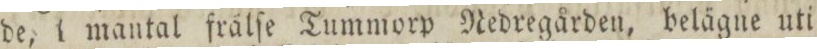
de, i mantal frälſe Tummorp Nedregården, belägne uti